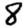
Digit: 8